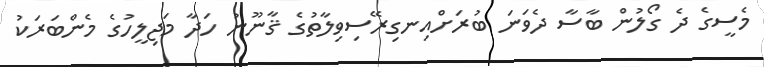
މެސީގެ ދެ ގޯލުން ބާސާ ދެވަނަ ބުރަށްއިނގިރޭސިވިލާތުގެ ޤާނޫނު ހަދާ މަޖިލީހުގެ މެންބަރަކު